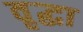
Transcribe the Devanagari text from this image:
वृृद्धा